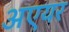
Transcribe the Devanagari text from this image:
अएयर